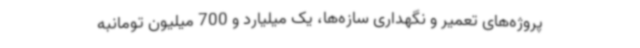
پروژه‌های تعمیر و نگهداری سازه‌ها، یک میلیارد و 700 میلیون تومانبه